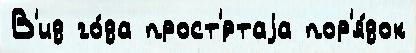
В'ид го́да прост'́ртаjа пор'я́док